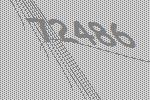
72486